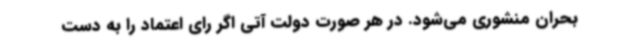
بحران منشوری می‌شود. در هر صورت دولت آتی اگر رای اعتماد را به دست